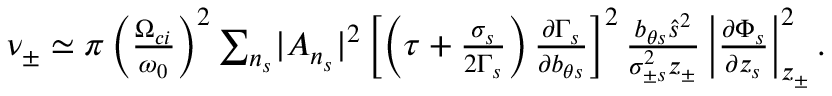
\begin{array} { r } { \nu _ { \pm } \simeq \pi \left( \frac { \Omega _ { c i } } { \omega _ { 0 } } \right) ^ { 2 } \sum _ { n _ { s } } \lvert A _ { n _ { s } } \rvert ^ { 2 } \left[ \left( \tau + \frac { \sigma _ { s } } { 2 \Gamma _ { s } } \right) \frac { \partial \Gamma _ { s } } { \partial b _ { \theta s } } \right] ^ { 2 } \frac { b _ { \theta s } \hat { s } ^ { 2 } } { \sigma _ { \pm s } ^ { 2 } z _ { \pm } } \left\lvert \frac { \partial \Phi _ { s } } { \partial z _ { s } } \right\rvert _ { z _ { \pm } } ^ { 2 } . } \end{array}